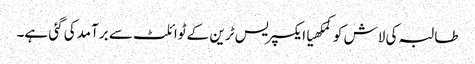
طالبہ کی لاش کوکمکھیاایکسپریس ٹرین کے ٹوائلٹ سے برآمدکی گئی ہے۔